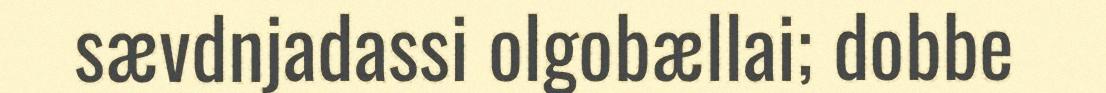
sævdnjadassi olgobællai; dobbe